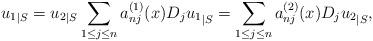
LaTeX: \begin{align*} {u_1}_{|S} = {u_2}_{|S} \sum_{1\leq j \leq n} a_{nj}^{(1)}(x) {D_j u_1}_{|S} = \sum_{1\leq j \leq n} a_{nj}^{(2)}(x) {D_j u_2}_{|S}, \end{align*}